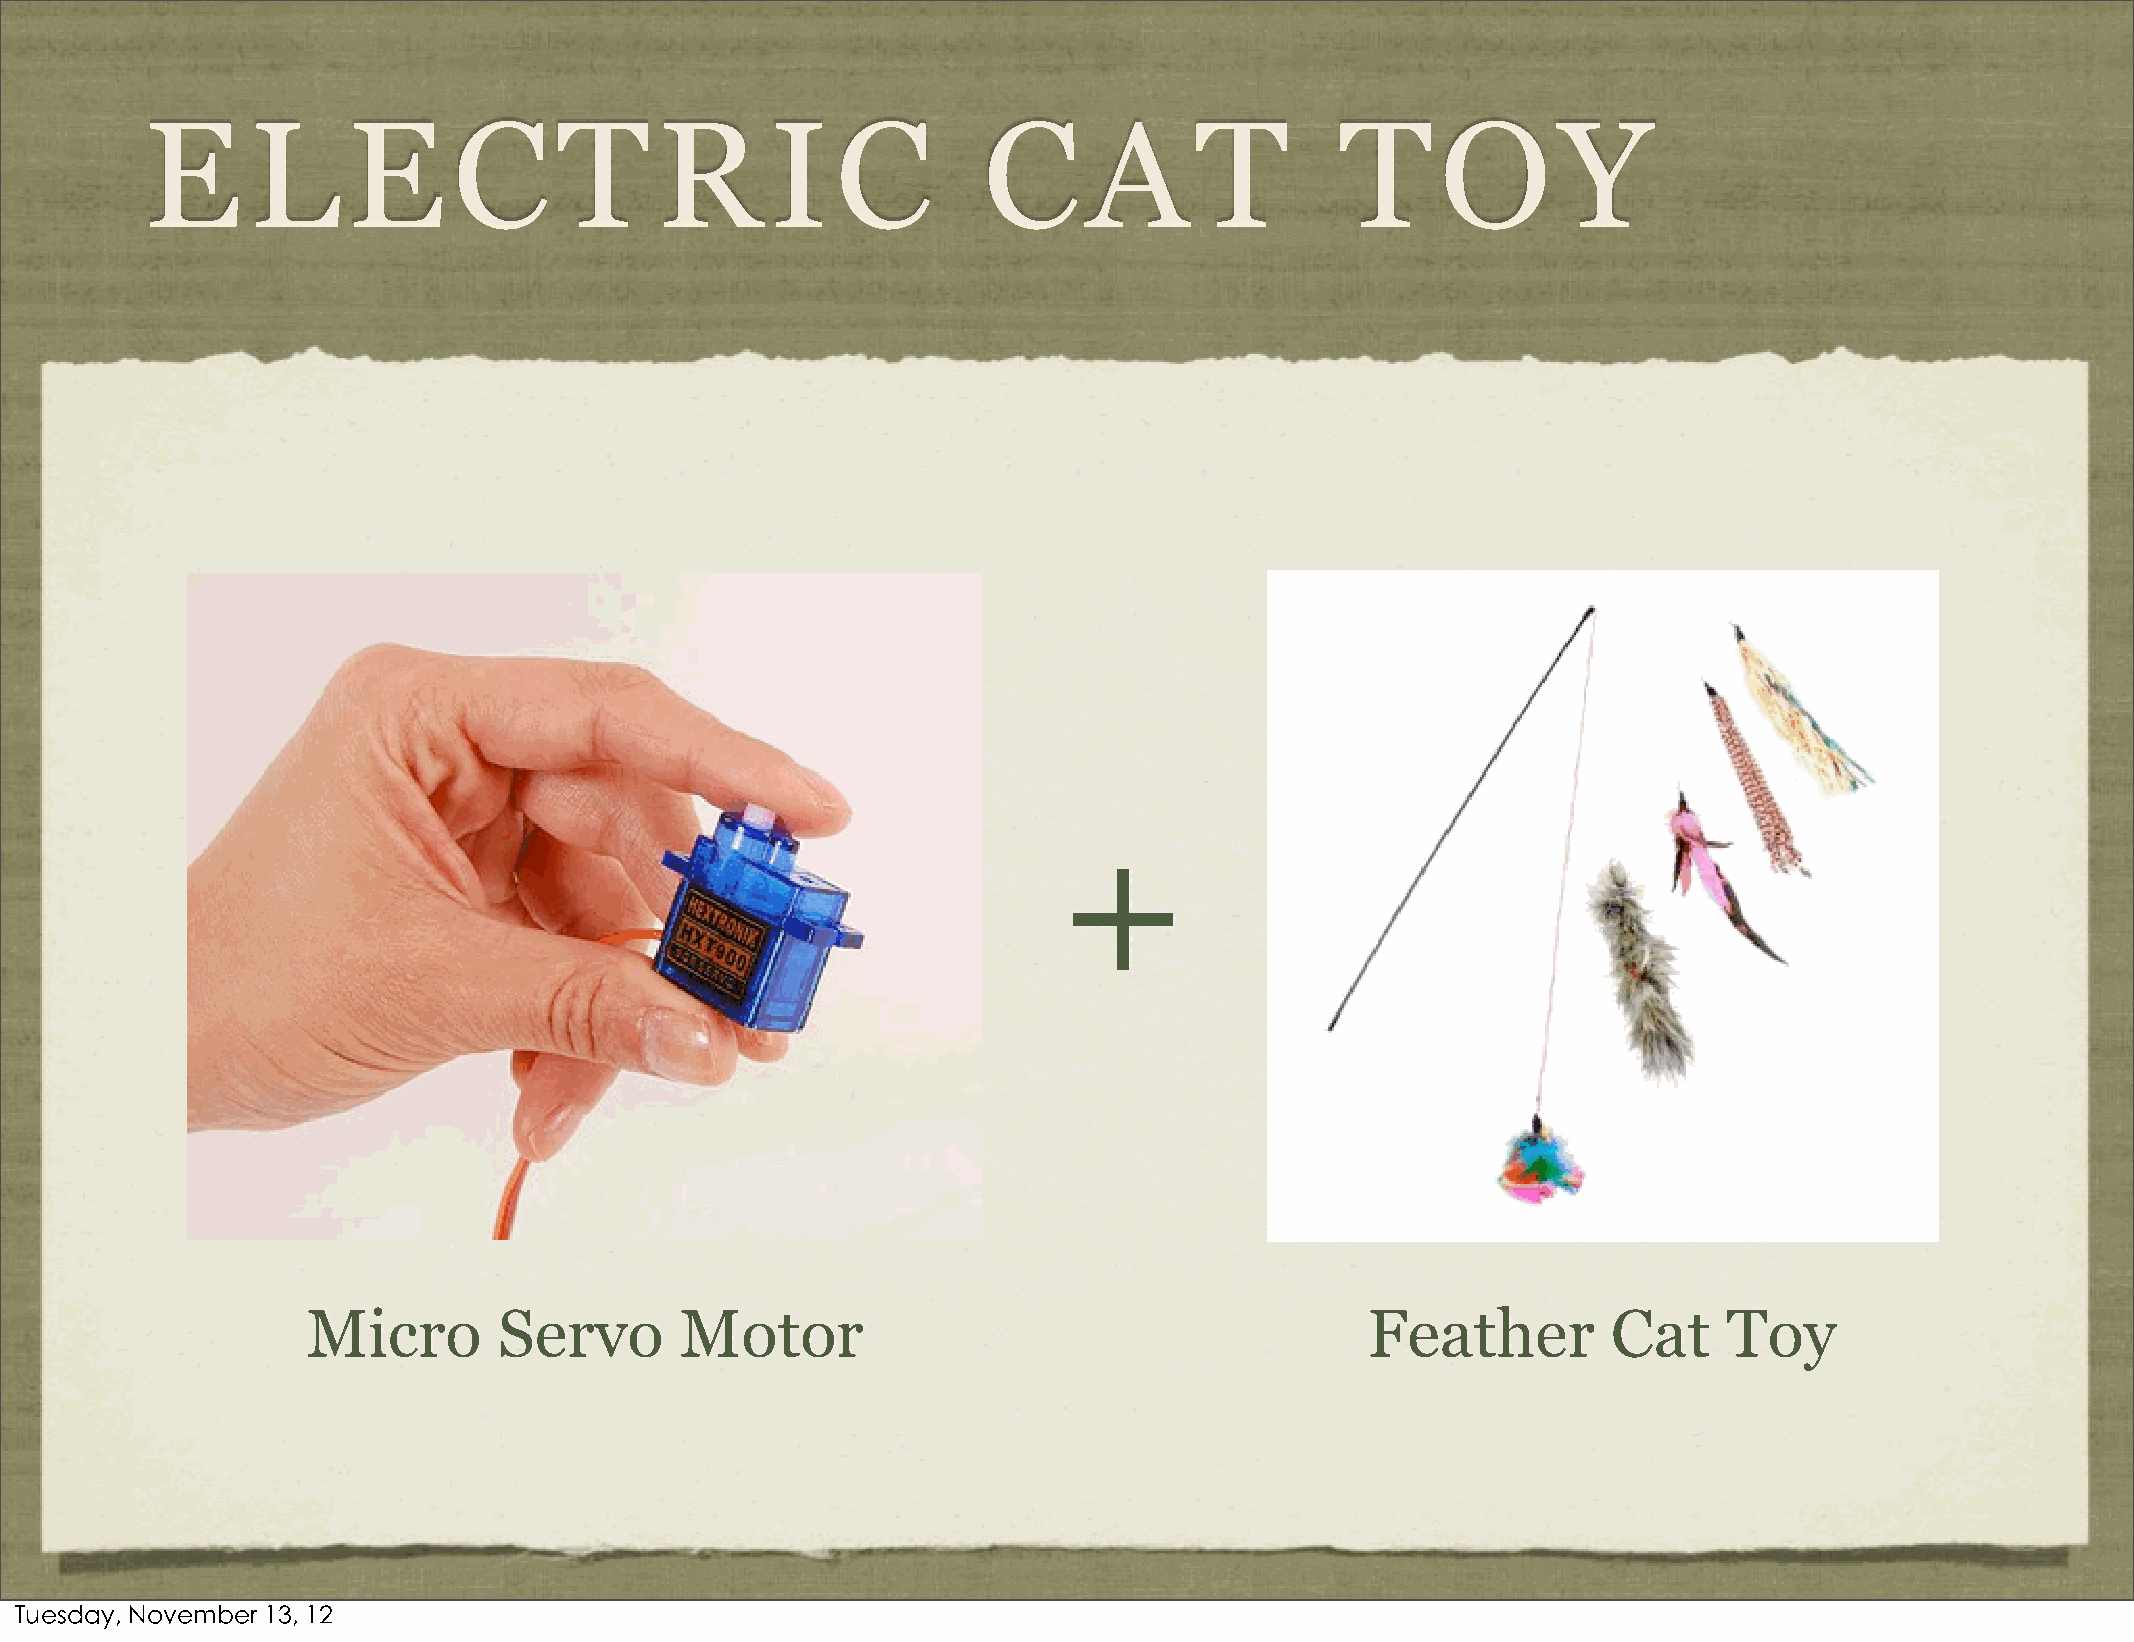
E      L     E      C      T     R       I   C         C      A      T         T     O       Y
 +
 Micro        Servo       Motor                                         Feather         Cat    Toy
 Tuesday, November 13, 12